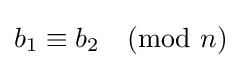
b_{1}\equiv b_{2}{\pmod {n}}